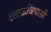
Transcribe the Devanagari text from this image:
शताऊजियाओं